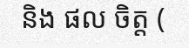
និង ផល ចិត្ត (